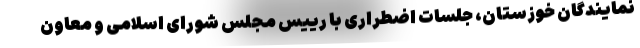
نمایندگان خوزستان، جلسات اضطراری با رییس مجلس شورای اسلامی و معاون